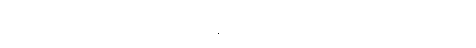
အမှောင်ထဲတွင် ငါးခုမှ ဖြတ်သန်းခဲ့ရပါကြောင်း လုံးခင်းကြားရှိ ဖွဲမီးလို